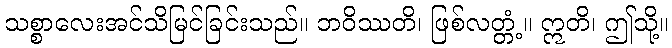
သစ္စာလေးအင်သိမြင်ခြင်းသည်။ ဘဝိဿတိ၊ ဖြစ်လတ္တံ့။ ဣတိ၊ ဤသို့။